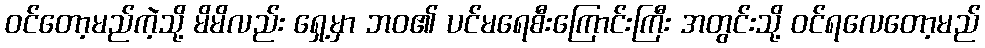
ဝင်တော့မည်ကဲ့သို့ မိမိလည်း ရှေ့မှာ ဘဝ၏ ပင်မရေစီးကြောင်းကြီး အတွင်းသို့ ဝင်ရလေတော့မည်